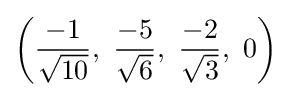
\left({\frac {-1}{\sqrt {10}}},\ {\frac {-5}{\sqrt {6}}},\ {\frac {-2}{\sqrt {3}}},\ 0\right)